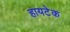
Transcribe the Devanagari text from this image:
हायटेक